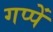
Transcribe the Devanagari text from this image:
गप्पें